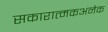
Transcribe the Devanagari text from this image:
सकारात्मकअनेक